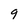
Character: 9